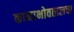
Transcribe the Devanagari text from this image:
कानाभोवतालचा